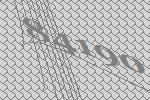
84190